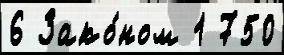
6 Зако́ном 1 750